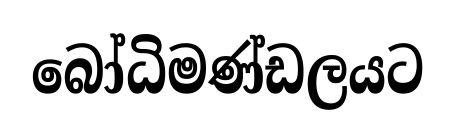
බෝධිමණ්ඩලයට